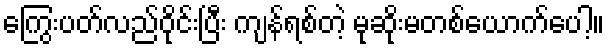
ကြွေးပတ်လည်ဝိုင်းပြီး ကျန်ရစ်တဲ့ မုဆိုးမတစ်ယောက်ပေါ့။